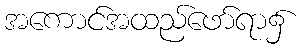
အကောင်အထည်ဖော်ရာ၌